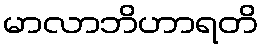
မာလာဘိဟာရတိ